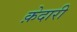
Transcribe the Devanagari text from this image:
क़ेदारी